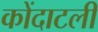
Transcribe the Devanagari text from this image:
कोंदाटली